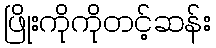
ဖြိုးကိုကိုတင့်ဆန်း